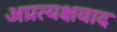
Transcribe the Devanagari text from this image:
अप्रत्यक्षवाद